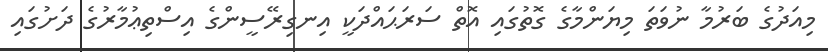
މިއަދުގެ ބަރުމާ ނުވަތަ މިޔަންމާގެ ގޮތުގައި އޮތް ސަރަޙައްދަކީ އިނގިރޭސީންގެ އިސްތިޢުމާރުގެ ދަށުގައި